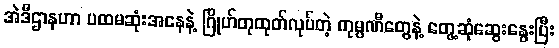
အဲဒီဌာနဟာ ပထမဆုံးအနေနဲ့ ဂြိုဟ်တုထုတ်လုပ်တဲ့ ကုမ္ပဏီတွေနဲ့ တွေ့ဆုံဆွေးနွေးပြီး